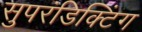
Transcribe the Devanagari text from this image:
सुपरंडिक्टिंग